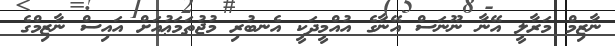
ނާޒިމް މަރާލީ އޭނާ ނޫނަސް އޭނާގެ އުއްމީދަކީ އެނބުރި މުޖުތަމަޢުއަށް އައިސް ނާޒިމްގެ